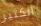
الكثير